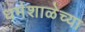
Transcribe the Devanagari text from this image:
धर्मशाळेच्या